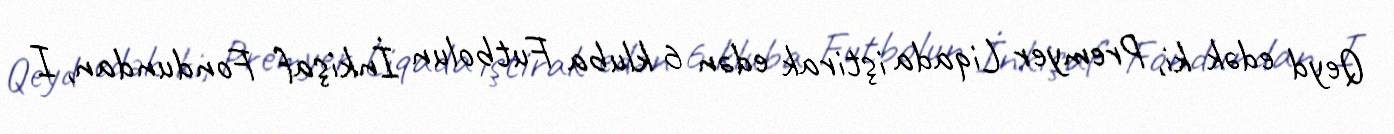
Qeyd edək ki, Premyer Liqada iştirak edən 6 kluba Futbolun İnkişaf Fondundan, I